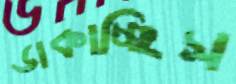
ডাকাচ্ছিস